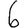
Digit: 6